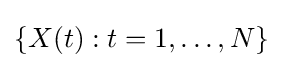
\{X(t):t=1,\ldots ,N\}